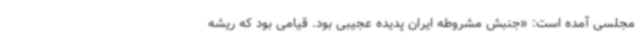
مجلسی آمده است: «جنبش مشروطه ایران پدیده عجیبی بود. قیامی بود که ریشه